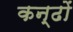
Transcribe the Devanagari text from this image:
कन्ढों